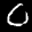
Label: 0